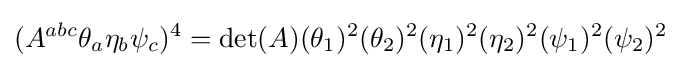
(A^{abc}\theta _{a}\eta _{b}\psi _{c})^{4}=\det(A)(\theta _{1})^{2}(\theta _{2})^{2}(\eta _{1})^{2}(\eta _{2})^{2}(\psi _{1})^{2}(\psi _{2})^{2}